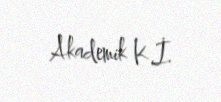
Akademik K.İ.